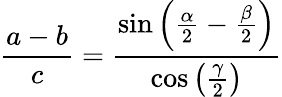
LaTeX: {\frac{a-b}{c}}={\frac{\sin\left({\frac{\alpha}{2}}-{\frac{\beta}{2}}\right)}{\cos\left({\frac{\gamma}{2}}\right)}}